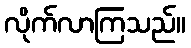
လိုက်လာကြသည်။